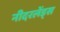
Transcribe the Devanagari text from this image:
नीदरलेंड्स